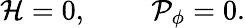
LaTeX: {\cal H}=0,\; \; \; \; \; \; \; \; {\cal P}_{\phi}=0.